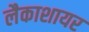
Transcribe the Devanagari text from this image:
लैकाशायर